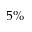
5 \%